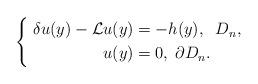
LaTeX: \begin{align*}\left\{ \begin{aligned} \;\delta u(y) -\mathcal{L}u(y) &= -h(y) ,\; \; D_{n} ,&\\ u(y) & = 0,\; \partial D_{n} .& \end{aligned}\right.\end{align*}